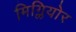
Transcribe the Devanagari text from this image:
मिग्लियोर